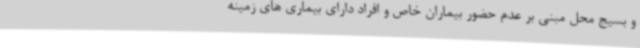
و بسیج محل مبنی بر عدم حضور بیماران خاص و افراد دارای بیماری های زمینه